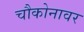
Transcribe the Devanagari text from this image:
चौकोनावर